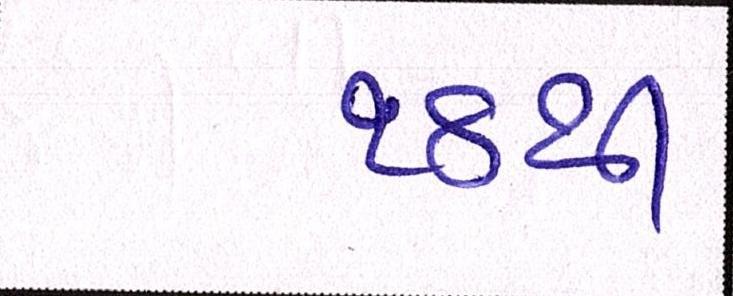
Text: ૧૪થી